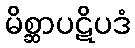
မိစ္ဆာပဋိပဒံ